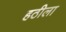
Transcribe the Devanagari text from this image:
हठीला